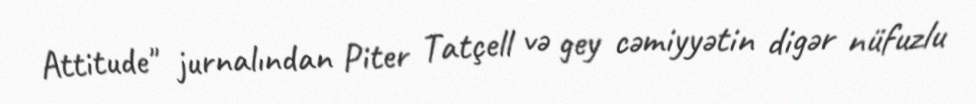
Attitude" jurnalından Piter Tatçell və gey cəmiyyətin digər nüfuzlu